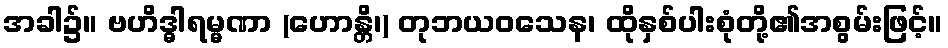
အခါ၌။ ဗဟိဒ္ဓါရမ္မဏာ (ဟောန္တိ၊) တုဘယဝသေန၊ ထိုနှစ်ပါးစုံတို့၏အစွမ်းဖြင့်။